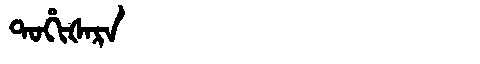
Manchu: ᡨᠣᡥᡳᡧᠠᡵᠠ
Romanization: TOHIŠARA